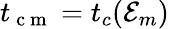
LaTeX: t_{\mathrm{~c~m~}}=t_{c}({\cal E}_{m})